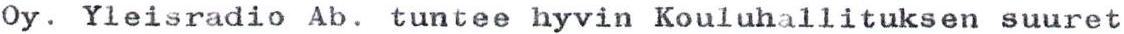
Oy. Yleisradio Ab. tuntee hyvin Kouluhallituksen suuret